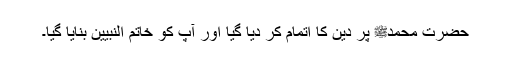
حضرت محمدﷺ پر دین کا اتمام کر دیا گیا اور آپ کو خاتم النبیین بنایا گیا۔